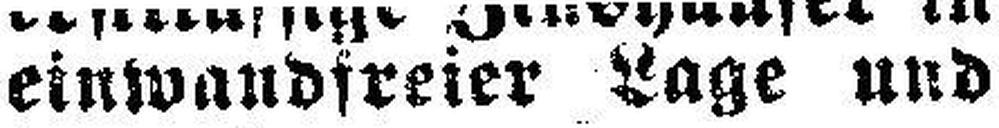
einwandfreier Lage und